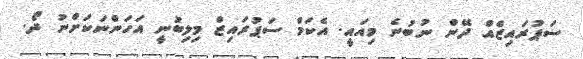
ސަޕުރައިޒެއް ދޭން ނުބުނެ މިއައީ. އެކަމް ސަޕުރައިޒް މިލިބުނީ އަހަންނަކަށްނު ދޯ.